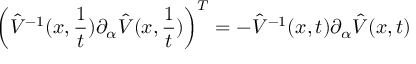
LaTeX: \left( \hat { V } ^ { - 1 } ( x , { \frac { 1 } { t } } ) \partial _ { \alpha } \hat { V } ( x , { \frac { 1 } { t } } ) \right) ^ { T } = - \hat { V } ^ { - 1 } ( x , t ) \partial _ { \alpha } \hat { V } ( x , t )